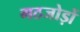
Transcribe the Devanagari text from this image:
गठजोड़ों